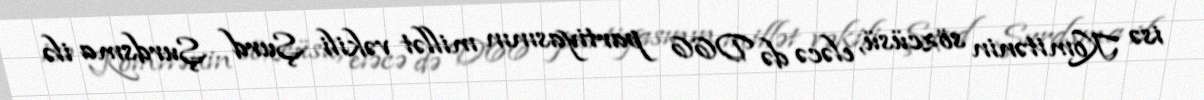
isə Komitənin sözcüsü, eləcə də D66 partiyasının millət vəkili Şurd Şurdsma ilə